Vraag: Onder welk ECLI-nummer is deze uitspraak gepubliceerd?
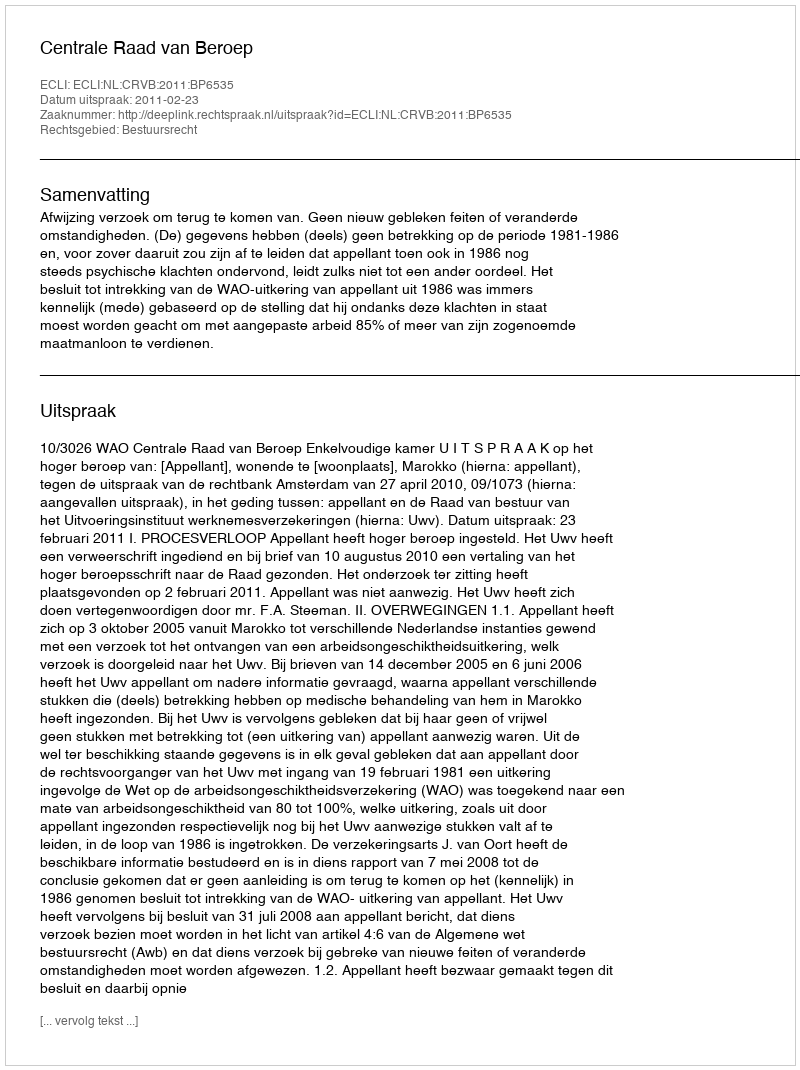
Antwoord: ECLI:NL:CRVB:2011:BP6535